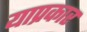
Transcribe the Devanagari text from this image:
याप्रकार